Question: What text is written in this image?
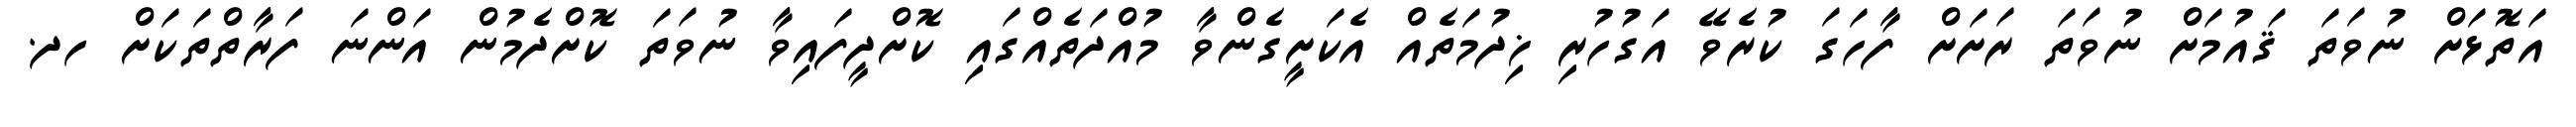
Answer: އަތޮޅަށް ނުވަތަ ޤައުމަށް ނުވަތަ ރަށަށް ފާހަގަ ކުރެވޭ އަގުހުރި ޚިދުމަތެއް އެކަށީގެންވާ މުއްދަތެއްގައި ކޮށްދީފައިވާ ނުވަތަ ކޮށްދެމުން އަންނަ ފަރާތްތަކަށް ހދ.